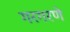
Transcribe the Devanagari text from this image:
गरगरणे